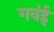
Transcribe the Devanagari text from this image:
गवंई